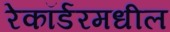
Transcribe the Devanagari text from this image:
रेकॉर्डरमधील